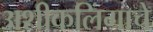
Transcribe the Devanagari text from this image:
अशीकलिंगाचे